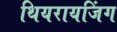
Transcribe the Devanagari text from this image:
थियरायजिंग